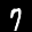
Label: 7